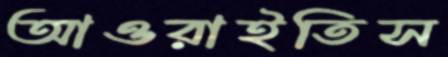
আওরাইতিস